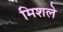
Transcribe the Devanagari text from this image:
मिशले